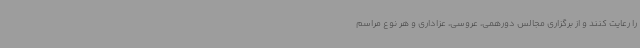
را رعایت کنند و از برگزاری مجالس دورهمی، عروسی، عزاداری و هر نوع مراسم